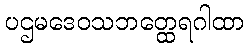
ပဌမဒေဝသဘတ္ထေရဂါထာ